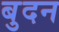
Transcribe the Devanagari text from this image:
बुदन